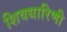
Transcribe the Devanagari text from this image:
शिवधारिणी